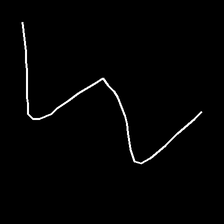
Glyph: crush